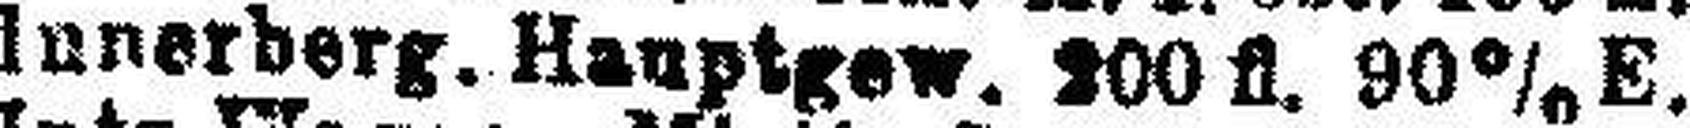
Innerberg. Hauptgew. 200 fl. 90% E.